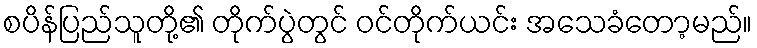
စပိန်ပြည်သူတို့၏ တိုက်ပွဲတွင် ဝင်တိုက်ယင်း အသေခံတော့မည်။